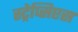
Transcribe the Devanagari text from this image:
स्ट्रेप्सिप्टस